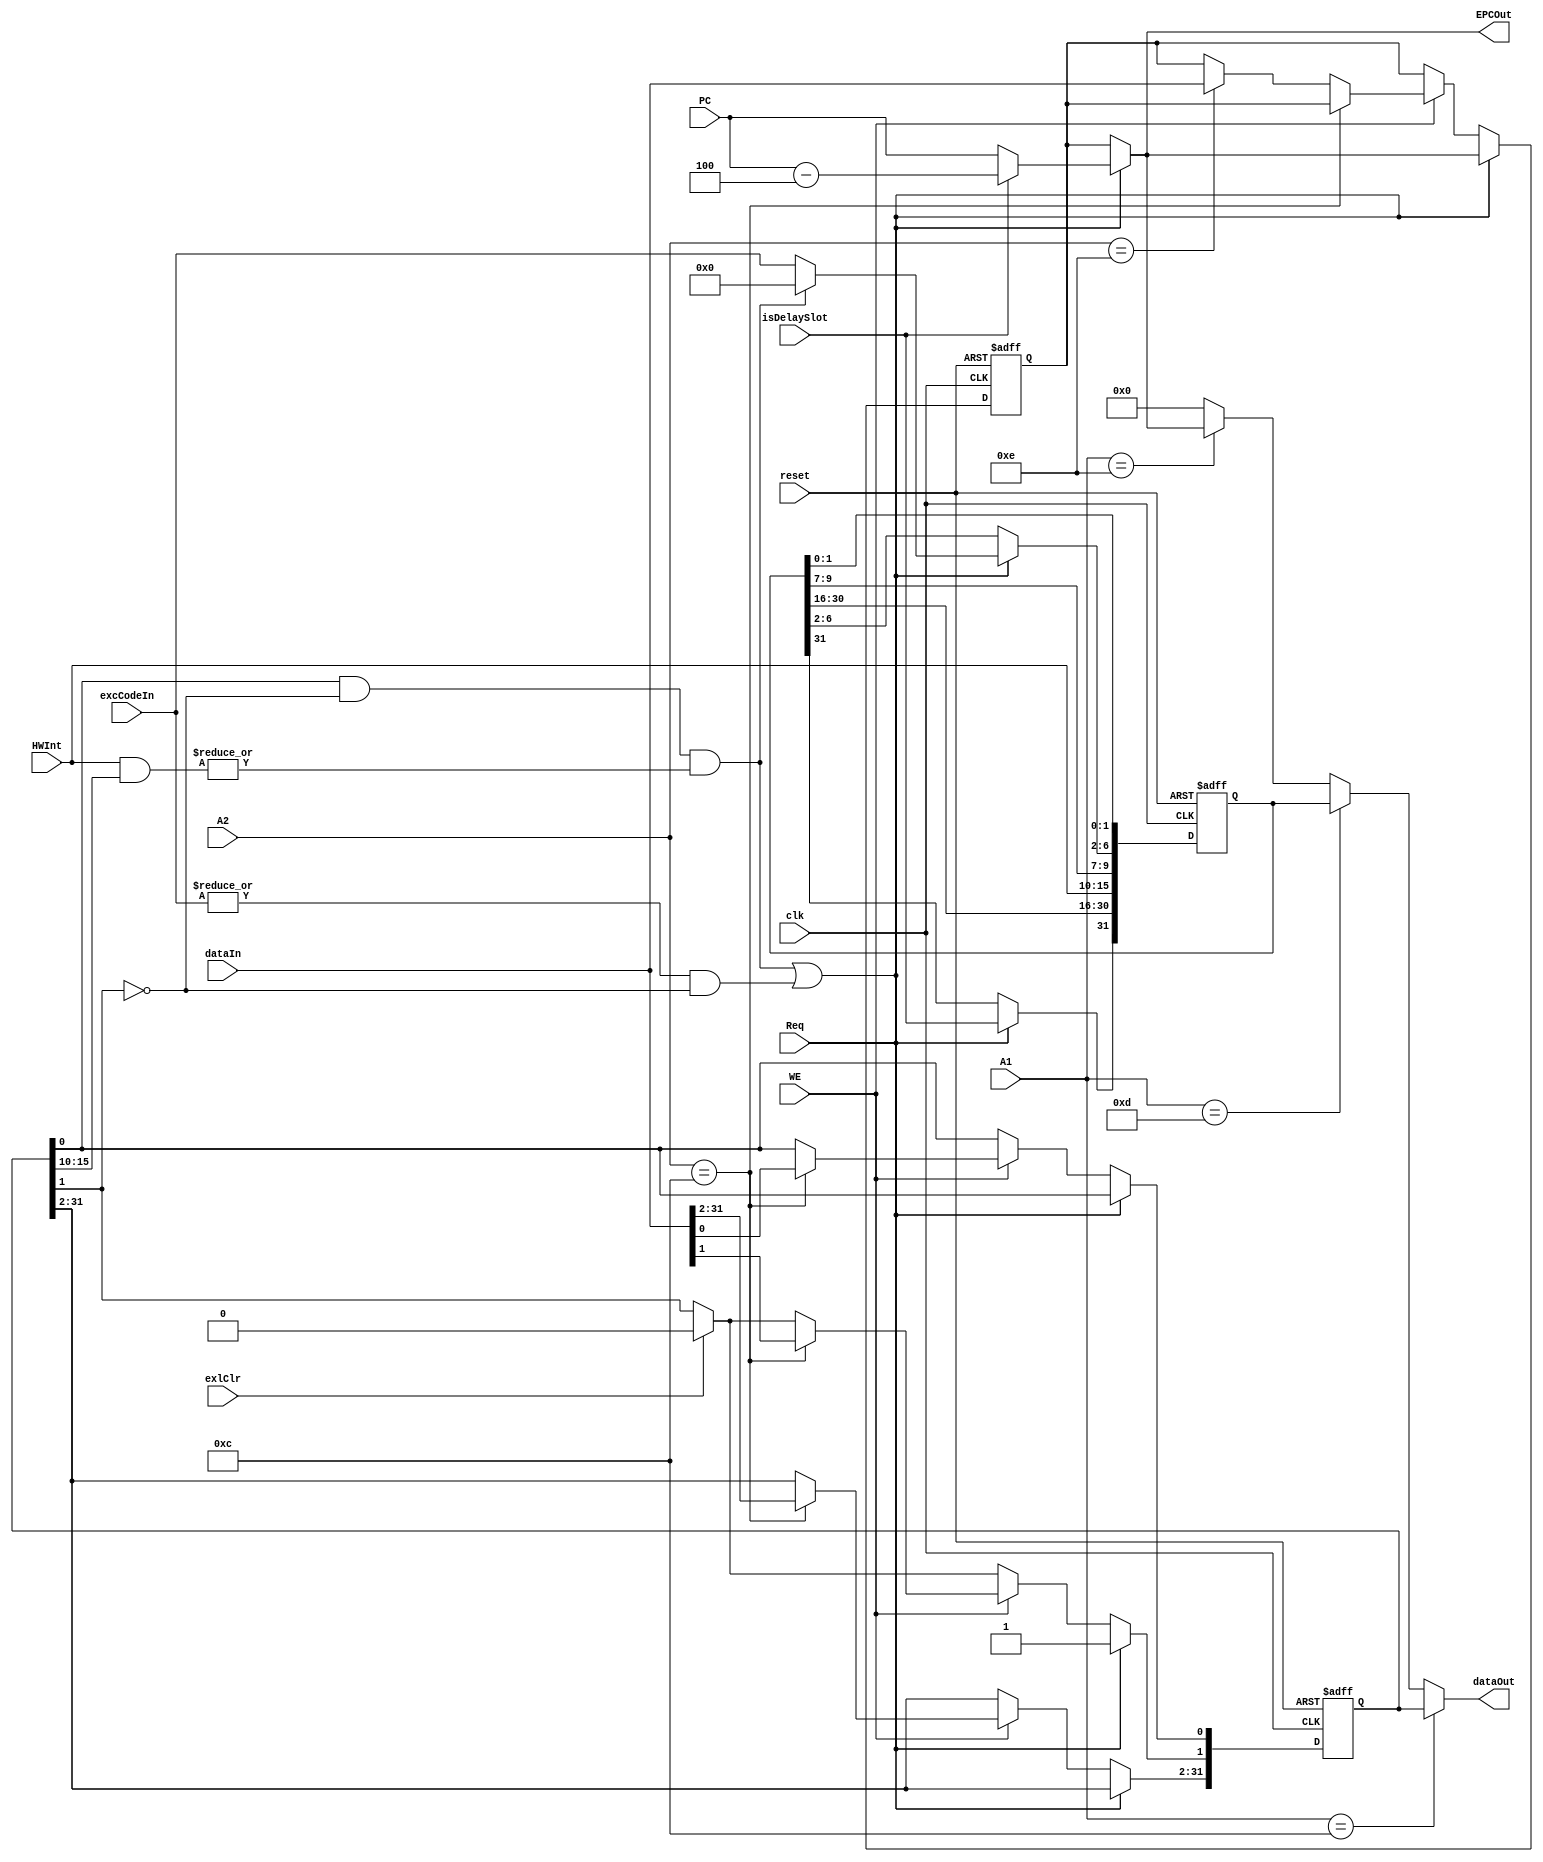
`timescale 1ns / 1ps
`define IM SR[15:10]
`define EXL SR[1]
`define IE SR[0]

`define BD Cause[31]
`define IP Cause[15:10]
`define excCode Cause[6:2]

module mips_cp0(
	input clk,
	input reset,
	input Req,
	input [31:0] PC,
	input isDelaySlot,
	input [4:0] excCodeIn,
	input [5:0] HWInt,
	//mfc0
	input [4:0] A1,
	//mtc0
	input [4:0] A2,
	input [31:0] dataIn,
	input WE,
	//eret
	input exlClr,
	
	output [31:0] EPCOut,
	output [31:0] dataOut
	//output TestIntResponse
    );

	reg [31:0] SR;//
	reg [31:0] Cause;//
	reg [31:0] EPC;//
	//reg [31:0] PrID;//CPU

	wire IntReq = `IE&(!`EXL)&(|(HWInt&`IM));
	wire ExcReq = (|excCodeIn)&(!`EXL);
	assign Req = IntReq | ExcReq;
	
	initial begin 
		SR<=0;
		Cause<=0;
		EPC<=0;
	end
	wire [31:0] tmpEPC;
	assign tmpEPC = (Req)?(isDelaySlot?(PC-32'd4):PC):EPC;
	
	always@(posedge clk or posedge reset)begin
		if(reset)begin
			SR<=0;
			Cause<=0;
			EPC<=0;
		end
		else begin
			if(exlClr) `EXL<=1'b0;
			if(Req)begin
				`excCode <= IntReq?5'd0:excCodeIn;
				`EXL <=1'b1;
				EPC <=tmpEPC;
				`BD<=isDelaySlot;
			end
			else if(WE)begin
				if(A2==12) SR<=dataIn;
				else if(A2==14) EPC<=dataIn;
			end
			`IP<=HWInt;
		end
	end
	
	assign EPCOut = tmpEPC;
	assign dataOut = 	(A1==12)?SR:
							(A1==13)?Cause:
							(A1==14)?EPCOut:
							0;
endmodule